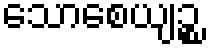
သောစေယျဉ္စ